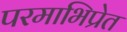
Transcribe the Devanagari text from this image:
परमाभिप्रेत